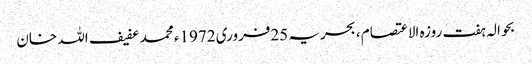
بحوالہ ہفت روزہ الاعتصام ، بحریہ 25فروری 1972ء محمد عفیف اللہ خان